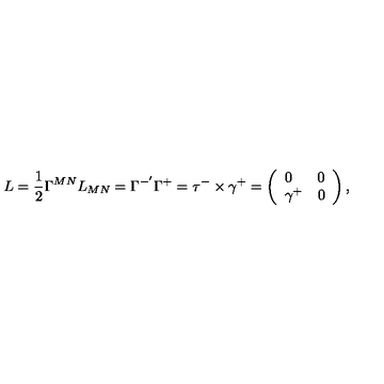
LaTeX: L = \frac { 1 } { 2 } \Gamma ^ { M N } L _ { M N } = \Gamma ^ { - ^ { \prime } } \Gamma ^ { + } = \tau ^ { - } \times \gamma ^ { + } = \left( \begin{array} { l l } { 0 } & { 0 } \\ { \gamma ^ { + } } & { 0 } \\ \end{array} \right) ,